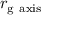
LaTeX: r _ { \mathrm { g } { \mathrm { ~ a x i s } } }